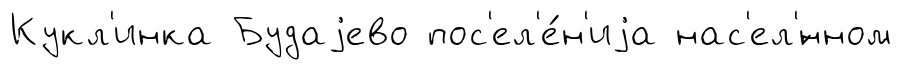
Кукл'инка Будаjево пос'ел'е́н'иjа нас'ел'́нном